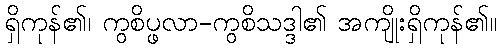
ရှိကုန်၏၊ ကွစိပ္ဖလာ-ကွစိသဒ္ဒါ၏ အကျိုးရှိကုန်၏။